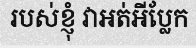
របស់ខ្ញុំ វាអត់អីប្លែក